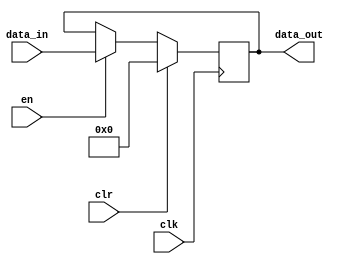
`timescale 1ns / 1ps
//////////////////////////////////////////////////////////////////////////////////
// Company: open-source
// 
// Design Name: behavioral approach
// Module Name: RESULT_PIPO
// Project Name: Systolic Array
// Target Devices: SPARTAN-3
// Tool Versions: 2020.2
// Description: the result register stores the final result of the entire
//              BFLOAT16 multiplication.
// 
// Dependencies: 
// 
// Revision:
// Revision 0.01 - File Created
// Additional Comments:
// 
//////////////////////////////////////////////////////////////////////////////////


module RESULT_PIPO(
    output reg [15:0] data_out,

    input wire [15:0] data_in,
    input wire clr,
    input wire en,
    input wire clk
    );

    always @(posedge clk) begin
        if(clr== 1) data_out<= 15'd0;
        else if(en== 1) data_out<= data_in;
        else data_out<= data_out;
    end
endmodule